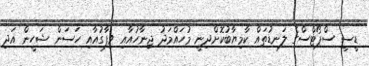
ޑީސީ ސްޕޯޓްސްގެ ލަނޑުތައް ކާމިޔާބުކޮށްދިނީ މުހައްމަދު ޖިނާހުއާއި ވިފާގުއާއި ހަސަން ޝަހީން އަދި